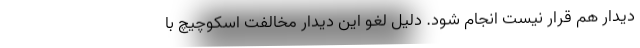
دیدار هم قرار نیست انجام شود. دلیل لغو این دیدار مخالفت اسکوچیچ با